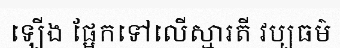
ឡើង ផ្អែកទៅលើស្មារតី វប្បធម៌